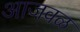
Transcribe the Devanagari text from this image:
आजवळ